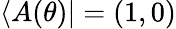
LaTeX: \langle A(\theta)|=(1,0)